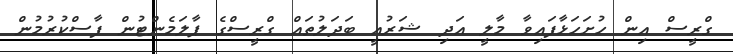
ގްރީސް އިން ހުށަހަޅާފައިވާ މާލީ އަދި ޝަރުއީ ބަދަލުތައް ގްރީސްގެ ޕާލަމެންޓުން ފާސްކުރުމުން